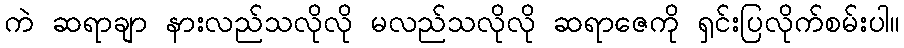
ကဲ ဆရာချာ နားလည်သလိုလို မလည်သလိုလို ဆရာဇေကို ရှင်းပြလိုက်စမ်းပါ။